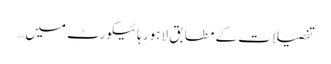
تفصیلات کے مطابق لاہور ہائیکورٹ میں…